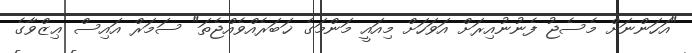
"އަހަންނަށް މެސެޖު ފެނުނުއިރަށް އަވަހަށް މިއައީ މަންމަގެ ޚަބަރެއްވެއްޖެތަ" ސަމަރް އައިސް ޢިޒްވާގެ